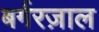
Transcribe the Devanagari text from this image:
बर्गरज़ाल